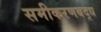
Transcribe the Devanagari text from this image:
समीकरणबद्ध